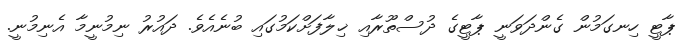
ޕާޓީ ހިނގަމުން ގެންދަވަނީ ޕާޓީގެ ދުސްތޫރާއި ޚިލާފަށްކަމުގައި ބުނެއެވެ. ދައުރު ނިމުނީމާ އެނިމުނީ.